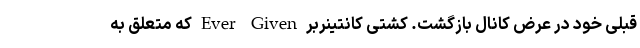
قبلی خود در عرض کانال بازگشت. کشتی کانتینربر Ever Given که متعلق به